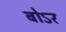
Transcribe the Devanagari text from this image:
बोऽर